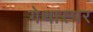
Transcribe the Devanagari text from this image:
गेथास्पर